Mental hospitals Bombay report 1921-28 - 1921-1928
Year: 1921
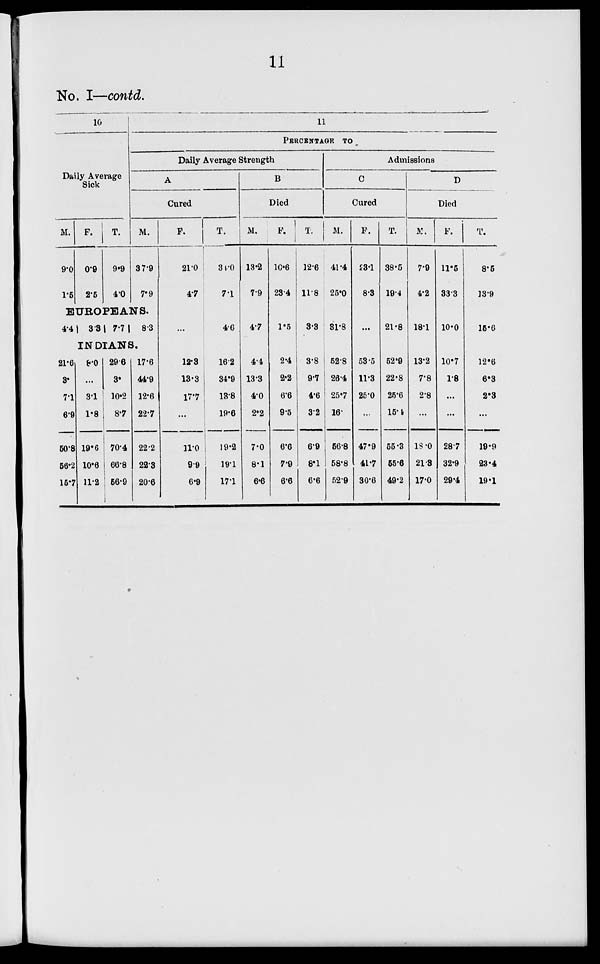
11
No. I—contd.
10
Daily Average
Sick
M.
9.0
1.5
F.
0.9
2.5
T.
9.9
4.0
11
PERCENTAGE TO
Daily Average Strength
A
Cured
M.
37.9
7.9
EUROPEANS.
4.4
3.3 7.7
8.3
INDIANS.
21.6
3.
7.1
6.9
50.8
56.2
15.7
8.0
...
3.1
1.8
19.6
10.6
11.2
29.6
3.
10.2
8.7
70.4
66.8
56.9
17.6
44.9
12.6
22.7
22.2
22.3
20.6
F.
21.0
4.7
...
12.3
13.3
17.7
...
11.0
9.9
6.9
T.
34.0
7.1
4.6
16.2
34.9
13.8
19.6
19.2
19.1
17.1
B
Died
M.
13.2
7.9
4.7
4.4
13.3
4.0
2.2
7.0
8.1
6.6
F.
10.6
23.4
1.5
2.4
2.2
6.6
9.5
6.6
7.9
6.6
T.
12.6
11.8
3.3
3.8
9.7
4.6
3.2
6.9
8.1
6.6
Admissions
C
Cured
M.
41.4
25.0
31.8
52.8
26.4
25.7
16.
56.8
58.8
52.9
F.
23.1
8.3
...
53.5
11.3
25.0
...
47.9
41.7
30.6
T.
38.5
19.4
21.8
52.9
22.8
25.6
15.4
55.3
55.6
49.2
D
Died
M.
7.9
4.2
18.1
13.2
7.8
2.8
...
18.0
21.3
17.0
F.
11.5
33.3
10.0
10.7
1.8
...
...
28.7
32.9
29.4
T.
8.5
13.9
15.6
12.6
6.3
2.8
...
19.9
23.4
19.1